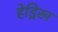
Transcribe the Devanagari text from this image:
हेड्रिख